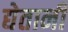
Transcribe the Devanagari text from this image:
द्येतानी